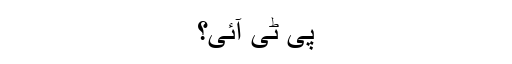
پی ٹی آئی؟